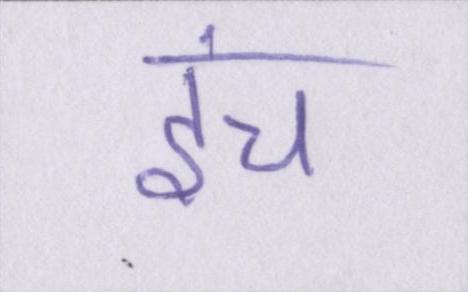
इंच